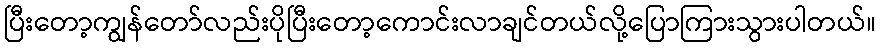
ပြီးတော့ကျွန်တော်လည်းပိုပြီးတော့ကောင်းလာချင်တယ်လို့ပြောကြားသွားပါတယ်။